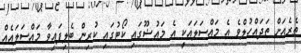
ތެރެއަށް ތަދައްހުލްވެ އެ މައްސަލައަކީ އެ މައުޟޫގައި ކޯޓުގައި ކުރިން ބެލިފައިވާ މައްސަލައެއް